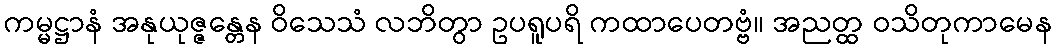
ကမ္မဋ္ဌာနံ အနုယုဇ္ဇန္တေန ဝိသေသံ လဘိတွာ ဥပရူပရိ ကထာပေတဗ္ဗံ။ အညတ္ထ ဝသိတုကာမေန